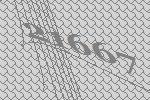
21667